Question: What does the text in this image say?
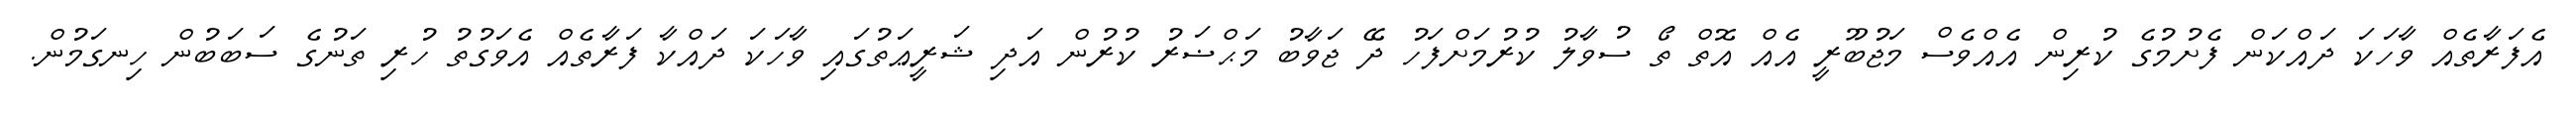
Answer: އެފަރާތެއް ވާހަކަ ދައްކަން ފެށުމުގެ ކުރިން އެއްވެސް މަޖުބޫރީ އެއް އޮތް ތޯ ސުވާލު ކުރުމަށްފަހު ދޭ ޖަވާބު މަޙްޟަރު ކުރުން އަދި ޝަރީޢަތުގައި ވާހަކަ ދައްކާ ފަރާތެއް އެވަގުތު ހުރި ތަނުގެ ސަބަބުން ހިނގަމުން.